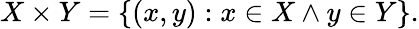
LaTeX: X\times Y=\{ (x,y):x\in X\land y\in Y\} .